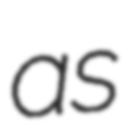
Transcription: as